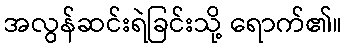
အလွန်ဆင်းရဲခြင်းသို့ ရောက်၏။